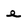
Character: e